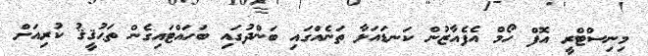
މިނިސްޓްރީ އޮފް ހޯމް އެފެއާޒުން ކަނޑައަޅާ ތަނެއްގައި ބަންދުގައި ބަހައްޓައިގެން ތަޙުޤީޤު ކުރިއަށް